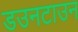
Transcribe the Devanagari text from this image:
डउनटाउन